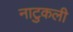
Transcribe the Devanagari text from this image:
नाटुकली